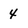
Character: 4